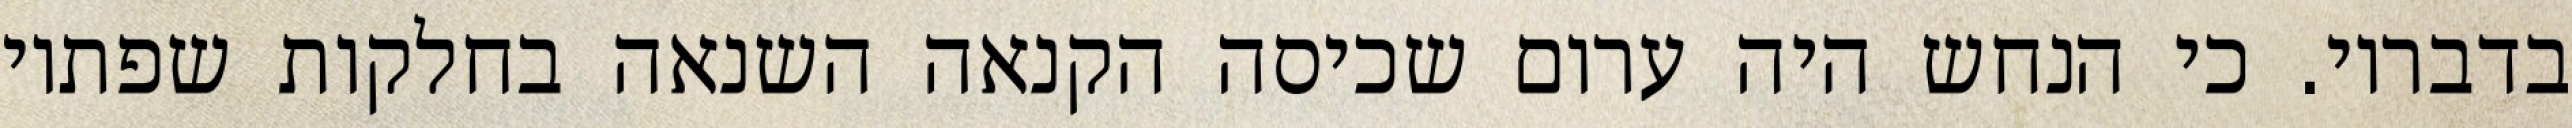
בדבריו. כי הנחש היה ערום שכיסה הקנאה השנאה בחלקות שפתיו